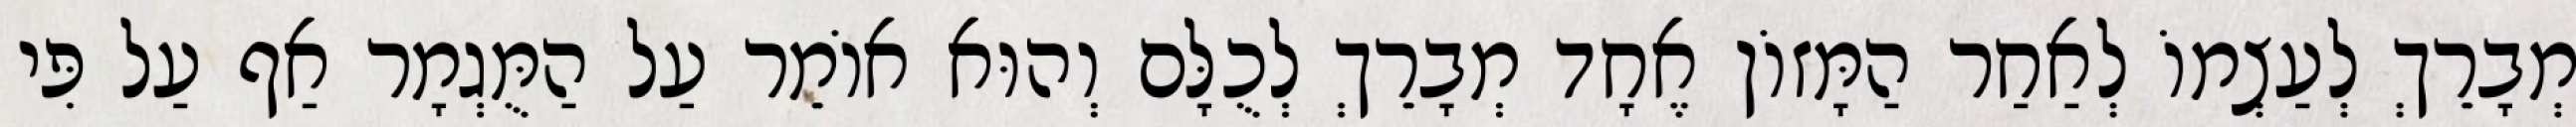
מְבָרֵךְ לְעַצְמוֹ לְאַחַר הַמָּזוֹן אֶחָד מְבָרֵךְ לְכֻלָּם וְהוּא אוֹמֵר עַל הַמֻּגְמָר אַף עַל פִּי